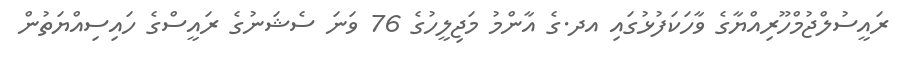
ރައީސުލްޖުމްހޫރިއްޔާގެ ވާހަކަފުޅުގައި އދ.ގެ އާންމު މަޖިލީހުގެ 76 ވަނަ ސެޝަނުގެ ރައީސްގެ ހައިސިއްޔަތުން